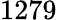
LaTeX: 1279